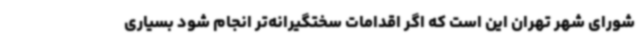
شورای شهر تهران این است که اگر اقدامات سختگیرانه‌تر انجام شود بسیاری